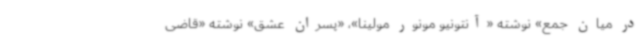
در میان جمع» نوشته «آنتونیو مونور مولینا»، «پسران عشق» نوشته «قاضی